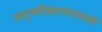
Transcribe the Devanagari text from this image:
अदृष्यीकरणामध्ये